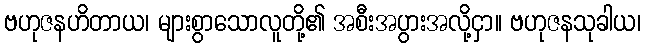
ဗဟုဇနဟိတာယ၊ များစွာသောလူတို့၏ အစီးအပွားအလို့ငှာ။ ဗဟုဇနသုခါယ၊